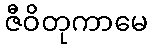
ဇီဝိတုကာမေ